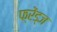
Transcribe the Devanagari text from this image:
फ्रेंड्ज